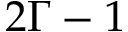
2 \Gamma - 1